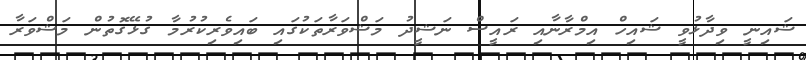
ޝައިނީ ވިދާޅުވީ ޝައިހް އިމްރާނާއި ރައީސް ނަޝީދު މަޝްވަރާތަކުގައި ބައިވެރިކުރުމާ ގުޅޭގޮތުން މަޝްވަރާ